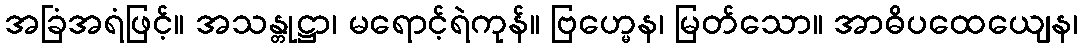
အခြံအရံဖြင့်။ အသန္တုဋ္ဌာ၊ မရောင့်ရဲကုန်။ ဗြဟ္မေန၊ မြတ်သော။ အာဓိပထေယျေန၊